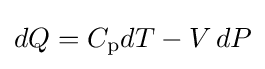
dQ=C_{\text{p}}dT-V\,dP